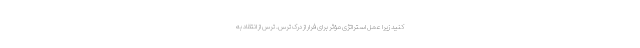
کنید زیرا عمل استراتژی مؤثر برای فرار از درک ترس. ترس از انتقاد به